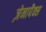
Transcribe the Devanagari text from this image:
ज़ेनापैक्स